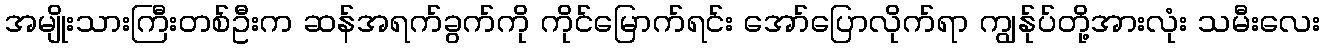
အမျိုးသားကြီးတစ်ဦးက ဆန်အရက်ခွက်ကို ကိုင်မြောက်ရင်း အော်ပြောလိုက်ရာ ကျွန်ုပ်တို့အားလုံး သမီးလေး